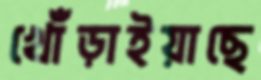
খোঁড়াইয়াছে